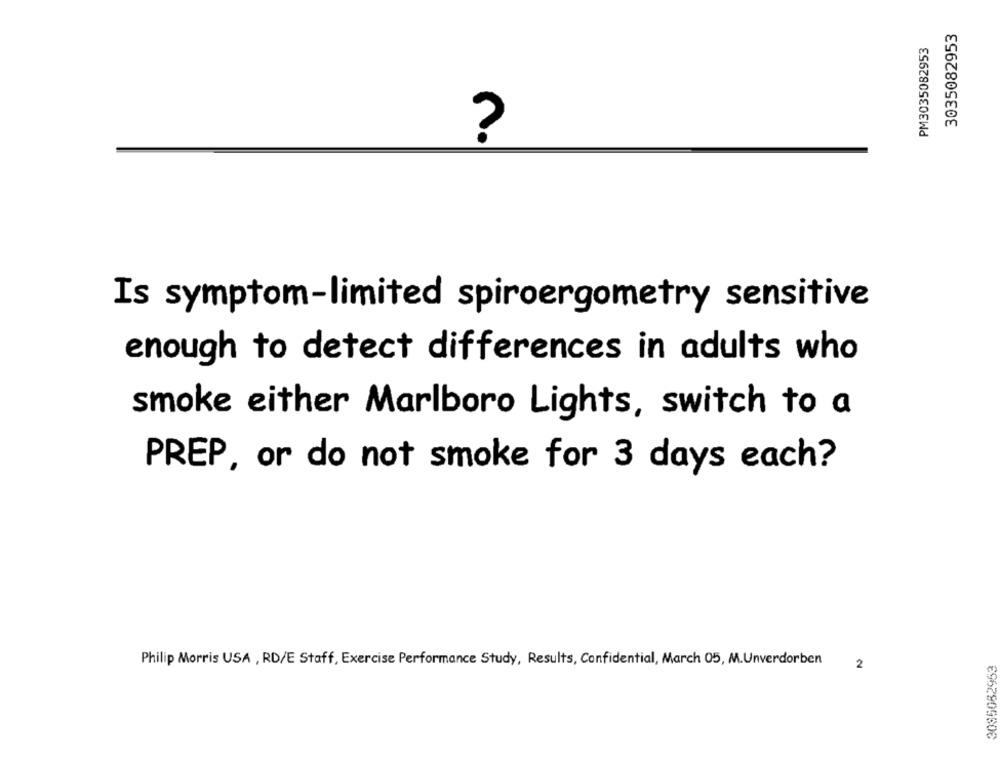
3035082953
PM3035082953
?
Is symptom-limited spiroergometry sensitive
enough to detect differences in adults who
smoke either Marlboro Lights, switch to a
PREP, or do not smoke for 3 days each?
Philip Morris USA , RD/E Staff, Exercise Performance Study, Results, Confidential, March 05, M.Unverdorben
3085082953
2